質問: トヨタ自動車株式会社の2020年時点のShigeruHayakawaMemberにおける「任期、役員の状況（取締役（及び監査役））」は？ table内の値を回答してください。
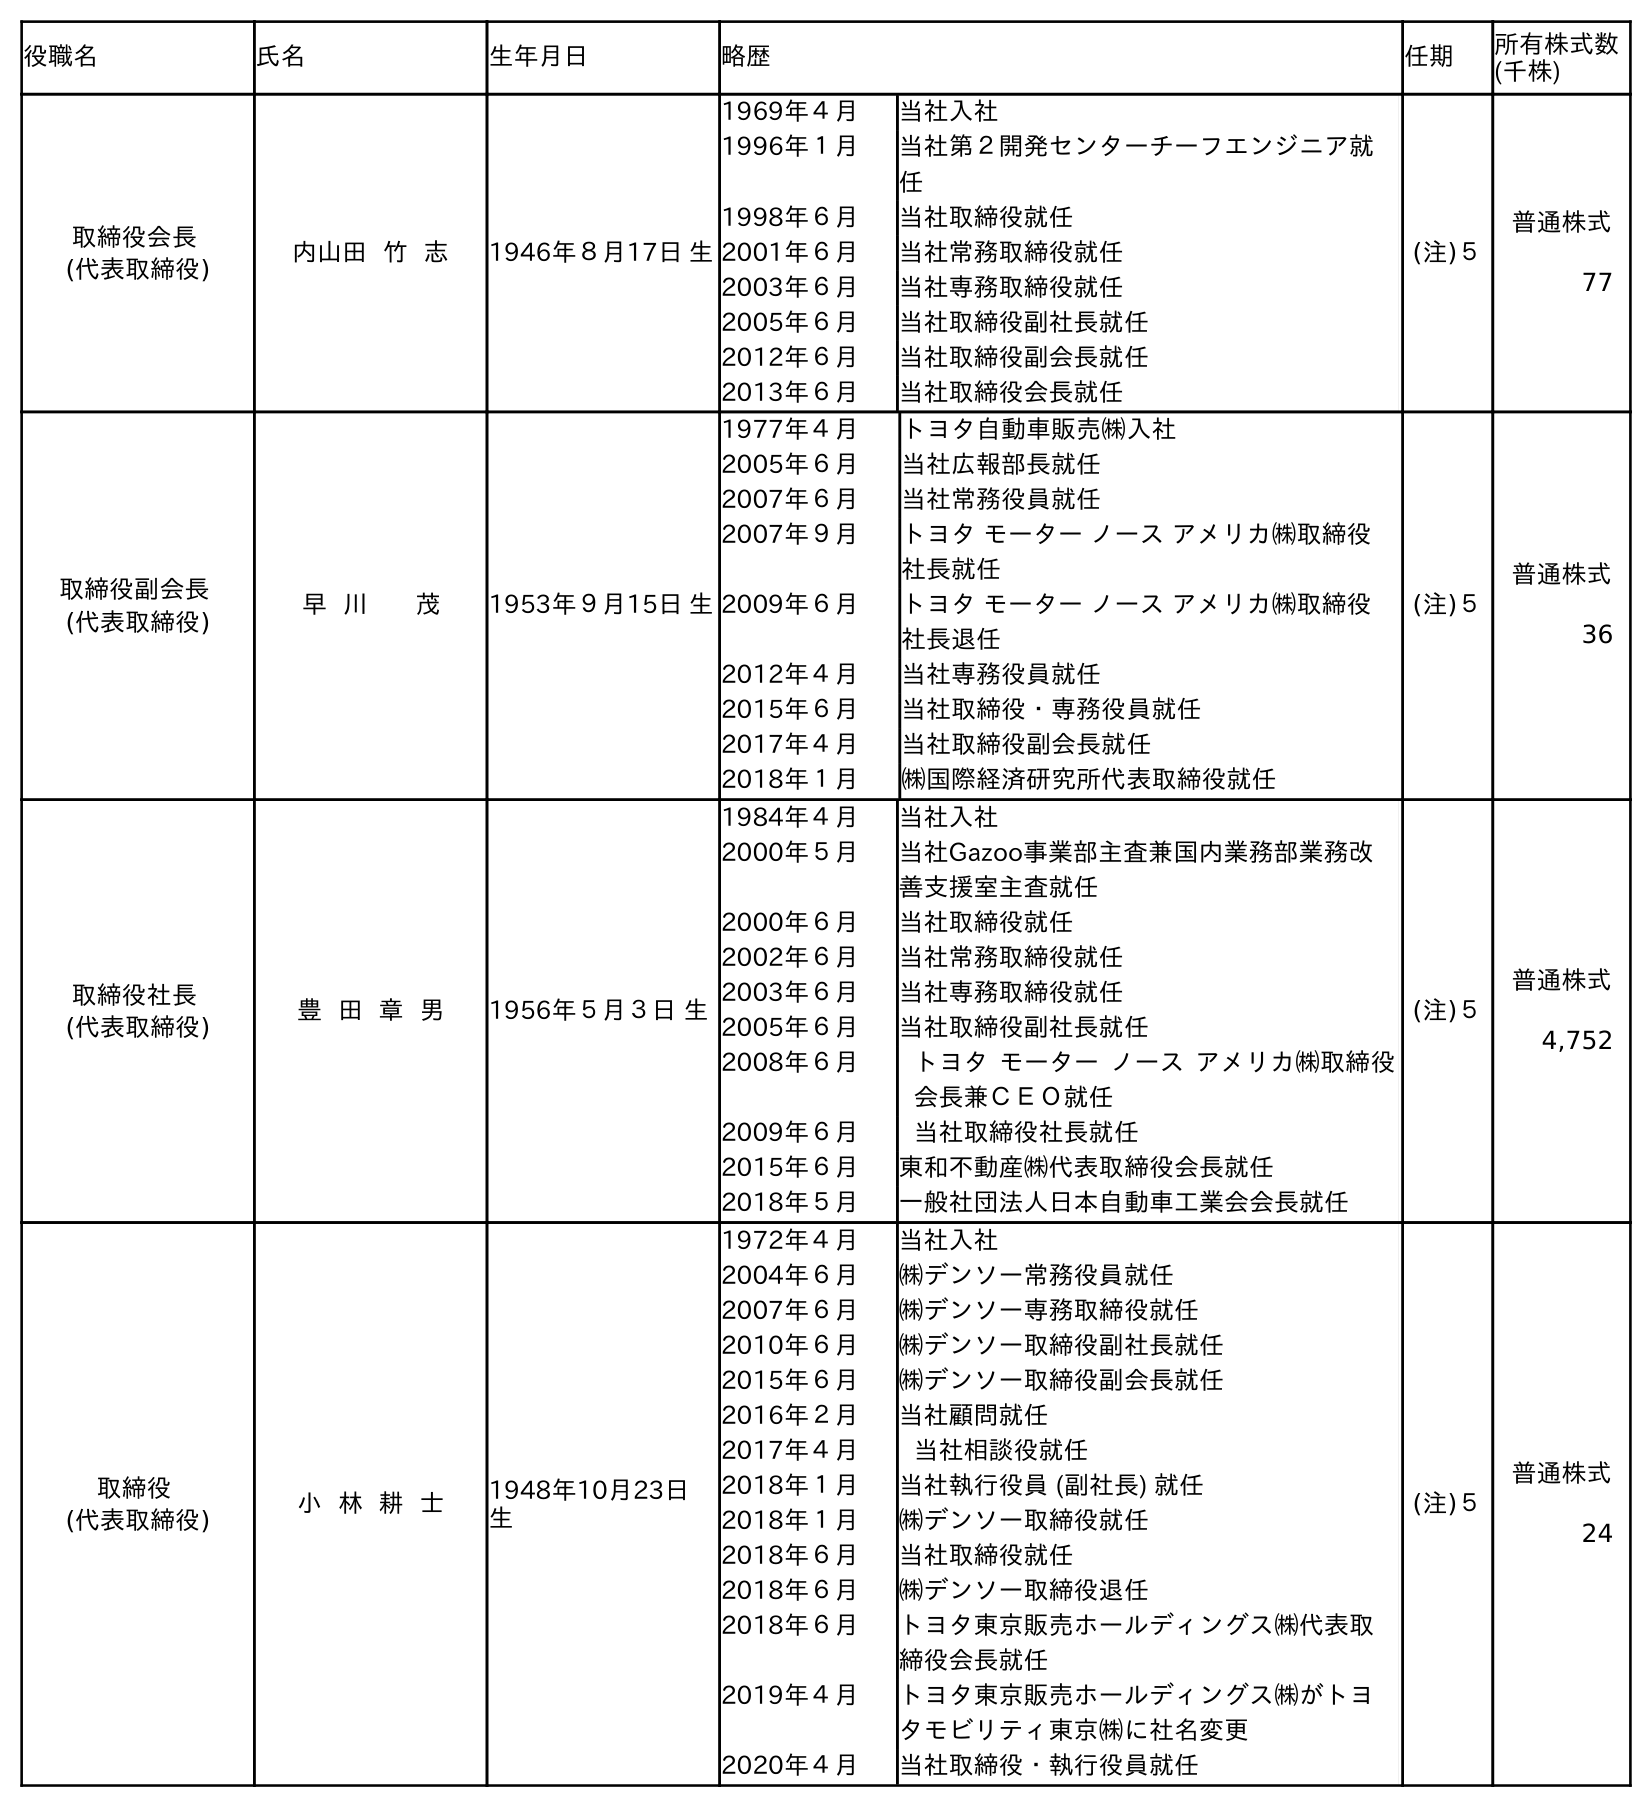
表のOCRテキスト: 役職名 氏名 生年月日 略歴 任期 所有株式数 (千株) 取締役会長 (代表取締役) 内山田 竹 志 1946年８月17日 生 1969年４月 当社入社 1996年１月 当社第２開発センターチーフエンジニア就 任 1998年６月 当社取締役就任 2001年６月 当社常務取締役就任 2003年６月 当社専務取締役就任 2005年６月 当社取締役副社長就任 2012年６月 当社取締役副会長就任 2013年６月 当社取締役会長就任 (注)５ 普通株式 77 取締役副会長 (代表取締役) 早 川 茂 1953年９月15日 生 1977年４月 トヨタ自動車販売㈱入社 2005年６月 当社広報部長就任 2007年６月 当社常務役員就任 2007年９月 トヨタ モーター ノース アメリカ㈱取締役 社長就任 2009年６月 トヨタ モーター ノース アメリカ㈱取締役 社長退任 2012年４月 当社専務役員就任 2015年６月 当社取締役・専務役員就任 2017年４月 当社取締役副会長就任 2018年１月 ㈱国際経済研究所代表取締役就任 (注)５ 普通株式 36 取締役社長 (代表取締役) 豊 田 章 男 1956年５月３日 生 1984年４月 当社入社 2000年５月 当社Gazoo事業部主査兼国内業務部業務改 善支援室主査就任 2000年６月 当社取締役就任 2002年６月 当社常務取締役就任 2003年６月 当社専務取締役就任 2005年６月 当社取締役副社長就任 2008年６月 トヨタ モーター ノース アメリカ㈱取締役 会長兼ＣＥＯ就任 2009年６月 当社取締役社長就任 2015年６月 東和不動産㈱代表取締役会長就任 2018年５月 一般社団法人日本自動車工業会会長就任 (注)５ 普通株式 4,752 取締役 (代表取締役) 小 林 耕 士 1948年10月23日 生 1972年４月 当社入社 2004年６月 ㈱デンソー常務役員就任 2007年６月 ㈱デンソー専務取締役就任 2010年６月 ㈱デンソー取締役副社長就任 2015年６月 ㈱デンソー取締役副会長就任 2016年２月 当社顧問就任 2017年４月 当社相談役就任 2018年１月 当社執行役員 (副社長) 就任 2018年１月 ㈱デンソー取締役就任 2018年６月 当社取締役就任 2018年６月 ㈱デンソー取締役退任 2018年６月 トヨタ東京販売ホールディングス㈱代表取 締役会長就任 2019年４月 トヨタ東京販売ホールディングス㈱がトヨ タモビリティ東京㈱に社名変更 2020年４月 当社取締役・執行役員就任 (注)５ 普通株式 24
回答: (注)５